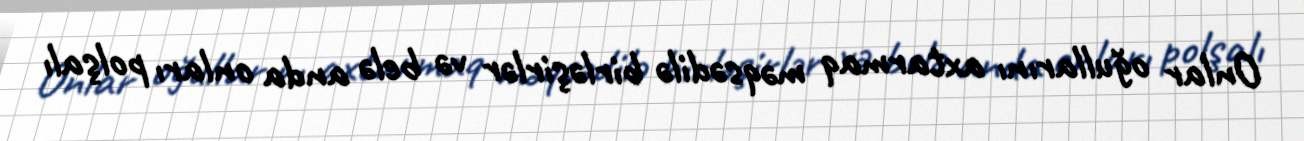
Onlar oğullarını axtarmaq məqsədilə birləşirlər və belə anda onları polşalı